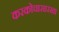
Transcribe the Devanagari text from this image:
करकोचासारखा